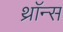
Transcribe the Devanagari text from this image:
थ्राॅन्स